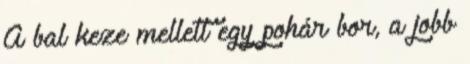
A bal keze mellett egy pohár bor, a jobb